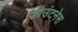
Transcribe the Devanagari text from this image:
काउंटनेस